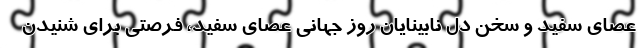
عصای سفید و سخن دل نابینایان روز جهانی عصای سفید، فرصتی برای شنیدن